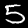
Label: 5